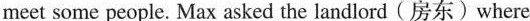
meet some people. Max asked the landlord (房东)where